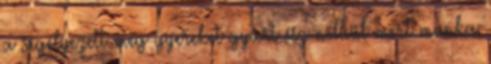
a segélyezett meg gyereket gyárt ész nélkül mert munka